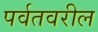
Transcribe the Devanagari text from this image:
पर्वतवरील